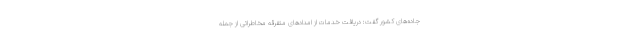
جاده‌های کشور گفت: دریافت خدمات از امدادهای متفرقه مخاطراتی از جمله